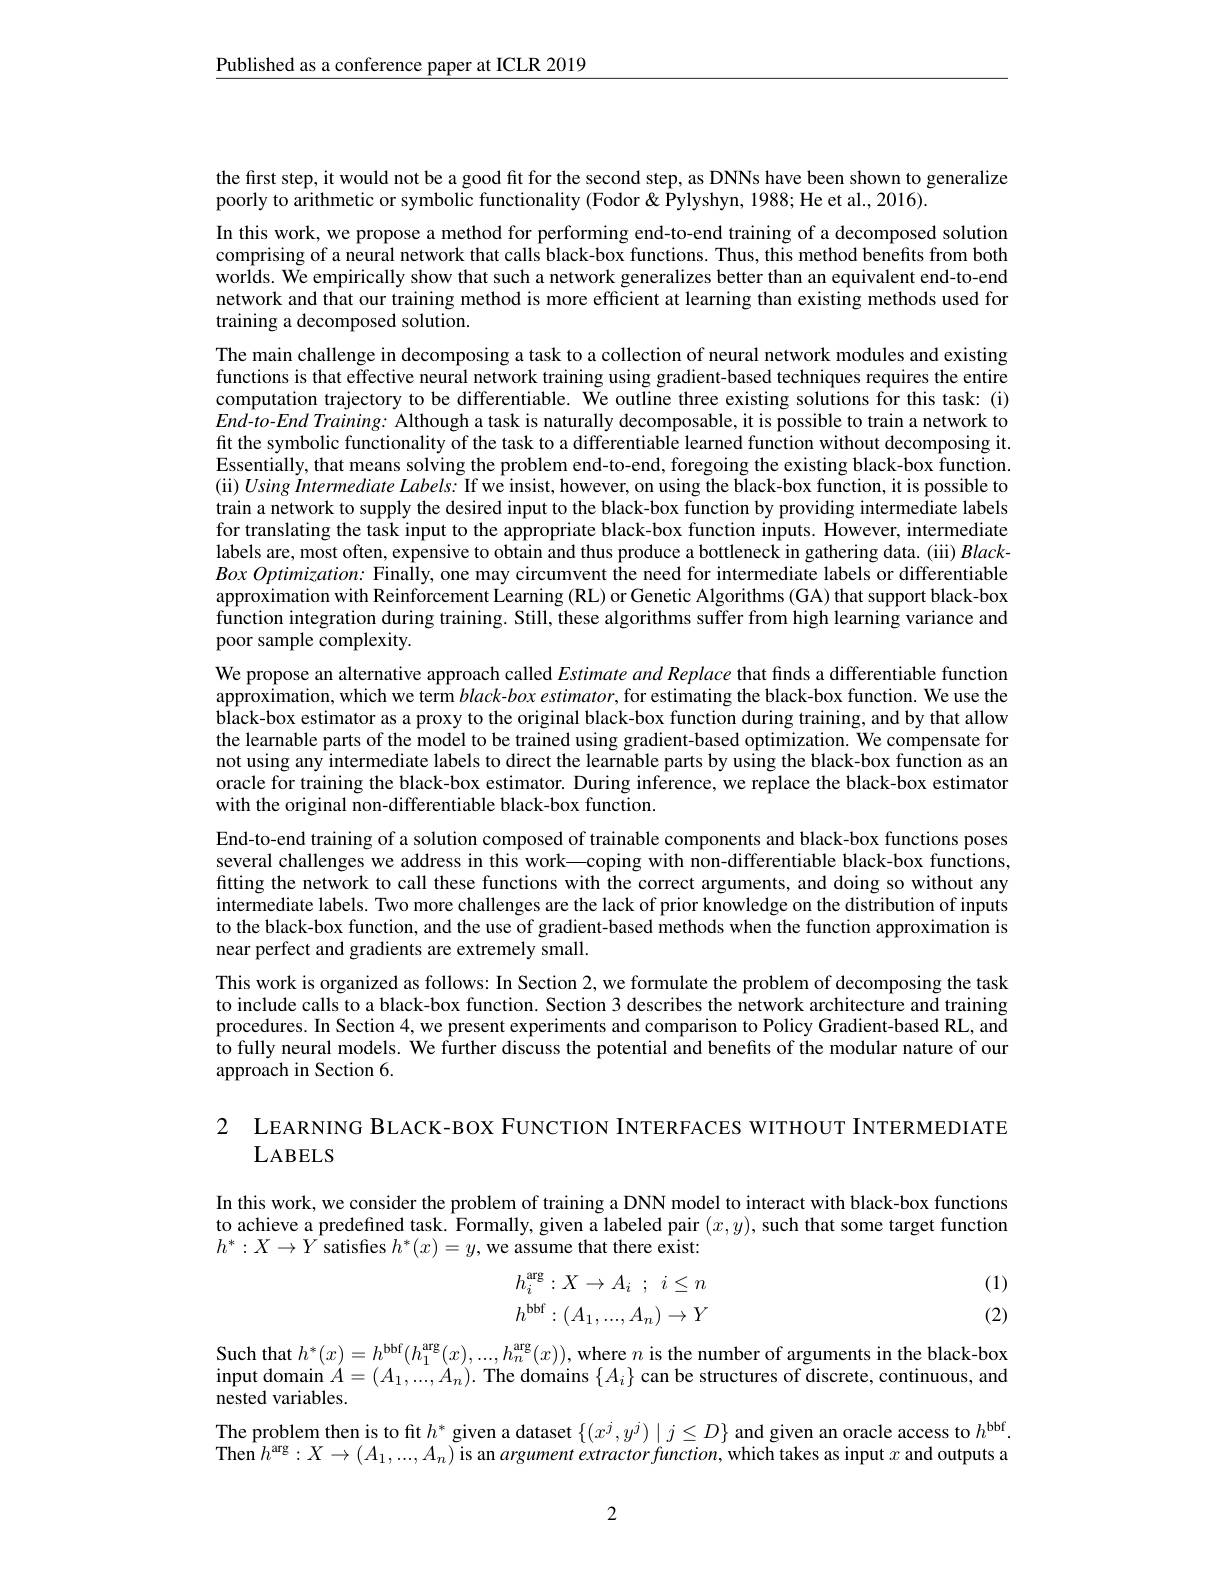
$\underline{\text{Published as a conference paper at ICLR 2019}}$

the first step, it would not be a good fit for the second step, as DNNs have been shown to generalize
poorly to arithmetic or symbolic functionality (Fodor & Pylyshyn, 1988; He et al., 2016).

In this work, we propose a method for performing end-to-end training of a decomposed solution comprising of a neural network that calls black-box functions. Thus, this method benefits from both worlds. We empirically show that such a network generalizes better than an equivalent end-to-end network and that our training method is more efficient at learning than existing methods used for training a decomposed solution.
The main challenge in decomposing a task to a collection of neural network modules and existing functions is that effective neural network training using gradient-based techniques requires the entire computation trajectory to be differentiable. We outline three existing solutions for this task:(i) $End-to-EndTraining:$ Although a task is naturally decomposable, it is possible to train a network to fit the symbolic functionality of the task to a differentiable learned function without decomposing it. Essentially, that means solving the problem end-to-end, foregoing the existing black-box function. (ii) Using Intermediate Labels: If we insist, however, on using the black-box function, it is possible to train a network to supply the desired input to the black-box function by providing intermediate labels for translating the task input to the appropriate black-box function inputs. However, intermediate labels are, most often, expensive to obtain and thus produce a bottleneck in gathering data. (iii) Black $Box\textit{Optimization: Finally, one may circumvent the need for intermediate labels or differentiable}$ $\dot{\text{approximation with Reinforcement Learning (RL) or Genetic Algorithms (GA) that support black-box}}$ function integration during training. Still, these algorithms suffer from high learning variance and poor sample complexity.
We propose an alternative approach called Estimate and Replace that finds a differentiable function $\hat{\text{approximation, which we term }black-box\textit{ estimator, for estimating the black-box function. We use the}}$ black-box estimator as a proxy to the original black-box function during training, and by that allow the learnable parts of the model to be trained using gradient-based optimization. We compensate for not using any intermediate labels to direct the learnable parts by using the black-box function as an oracle for training the black-box estimator. During inference, we replace the black-box estimator with the original non-differentiable black-box function.
End-to-end training of a solution composed of trainable components and black-box functions poses several challenges we address in this work—coping with non-differentiable black-box functions, fitting the network to call these functions with the correct arguments, and doing so without any intermediate labels. Two more challenges are the lack of prior knowledge on the distribution of inputs to the black-box function, and the use of gradient-based methods when the function approximation is near perfect and gradients are extremely small.
This work is organized as follows: In Section 2, we formulate the problem of decomposing the task to include calls to a black-box function. Section 3 describes the network architecture and training procedures. In Section 4,we present experiments and comparison to Policy Gradient-based RL, and to fully neural models. We further discuss the potential and benefits of the modular nature of our approach in Section 6.

2 LEARNING BLACK-BOX FUNCTION INTERFACES WITHOUT INTERMEDIATE
LABELS

In this work, we consider the problem of training a DNN model to interact with black-box functions to achieve a predefined task. Formally, given a labeled pair $(x,y)$, such that some target function $h^*:X\to Y$ satisfies $h^*(x)=y$, we assume that there exist:
$$\begin{aligned}h_i^{\arg}&:X\to A_i\:;\:i\leq n\\h^{\text{bbf}}&:(A_1,...,A_n)\to Y\end{aligned}$$
(1) (2)

Such that $h^*(x)=h^{\mathrm{bbf}}(h_1^{\mathrm{arg}}(x),...,h_n^{\mathrm{arg}}(x))$, where $n$ is the number of arguments in the black-box input domain $A=(A_1,...,A_n).$ The domains $\{A_i\}$ can be structures of discrete, continuous, and nested variables.

The problem then is to fit $h^*$ given a dataset $\{(x^j,y^j)\mid j\leq D\}$ and given an oracle access to $h^\mathrm{bbf}.$ Then $h^\mathrm{arg}:X\to(A_1,...,A_n)$ is an argument extractor function, which takes as input $x$ and outputs a

2